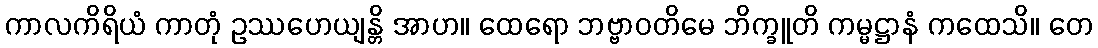
ကာလကိရိယံ ကာတုံ ဥဿဟေယျန္တိ အာဟ။ ထေရော ဘဗ္ဗာဝတိမေ ဘိက္ခူတိ ကမ္မဋ္ဌာနံ ကထေသိ။ တေ